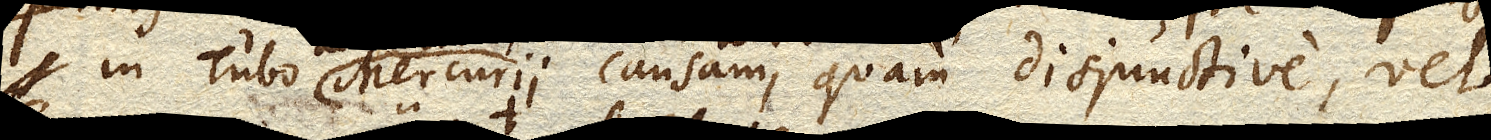
in Tubo Mercurii causam, quam disjunctive, vel